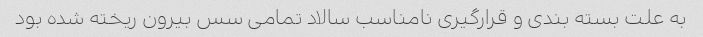
به علت بسته بندی و قرارگیری نامناسب سالاد تمامی سس بیرون ریخته شده بود